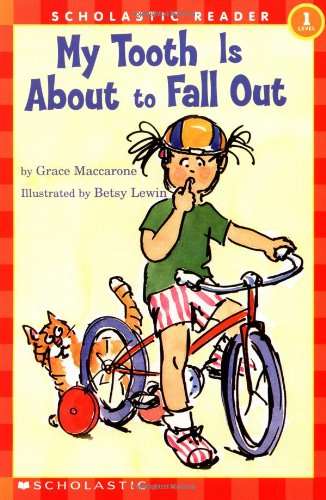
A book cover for My Tooth Is About to Fall Out (Scholastic Reader Level 1); Grace Maccarone; Children's Books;